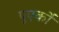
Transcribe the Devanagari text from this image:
पुएर्को